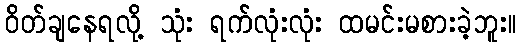
ဝိတ်ချနေရလို့ သုံး ရက်လုံးလုံး ထမင်းမစားခဲ့ဘူး။